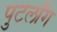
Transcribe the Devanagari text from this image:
पुटलाँग